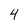
Character: 4